Malaria in the Andamans - Number 56
Disease focus: Malaria
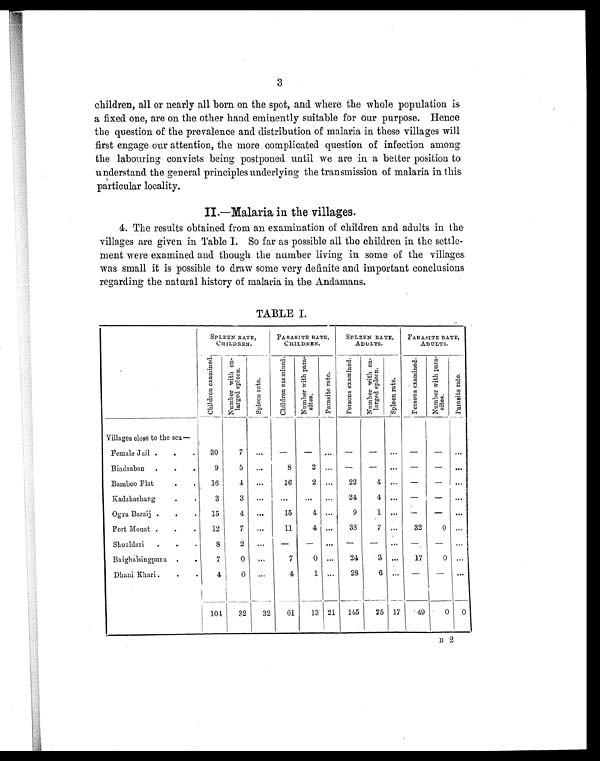
3
children, all or nearly all born on the spot, and where the whole population is
a fixed one, are on the other hand eminently suitable for our purpose. Hence
the question of the prevalence and distribution of malaria in these villages will
first engage our attention, the more complicated question of infection among
the labouring convicts being postponed until we are in a better position to
understand the general principles underlying the transmission of malaria in this
particular locality.
II.—Malaria in the villages.
4. The results obtained from an examination of children and adults in the
villages are given in Table I. So far as possible all the children in the settle-
ment were examined and though the number living in some of the villages
was small it is possible to draw some very definite and important conclusions
regarding the natural history of malaria in the Andamans.
TABLE I.
SPLEEN RATE,
CHILDREN.
PARASITE RATE,
CHILDREN.
SPLEEN RATE,
ADULTS.
PARASITE RATE,
ADULTS.
C h i l d r e n e x a m i n e d .
N u m b e r w i t h e n -
l a r g e d s p l e e n .
S p l e e n r a t e .
C h i l d r e n e x a m i n e d .
N u m b e r w i t h p a r a -
s i t e s .
P a r a s i t e r a t e .
P e r s o n s e x a m i n e d .
N u m b e r w i t h e n -
l a r g e d s p l e e n .
S p l e e n r a t e .
P e r s o n s e x a m i n e d .
N u m b e r w i t h p a r a -
sites.
P a r a s i t e r a t e .
Villages close to the sea—
Female Jail .
. .
30
7
...
—
—
...
—
—
...
—
—
...
Bindraban
.
.
9
5
...
8
2 ...
—
—
...
—
—
...
Bamboo Flat
.
.
16
4
...
16
2
...
22
4 ...
—
—
...
Kadakachang
.
.
3
3
...
... ... ...
24
4
...
— —
...
Ogra Baraij .
.
15
4
...
15
4
...
9
1
...
—
—
...
Port Mouat .
.
.
12
7
...
11
4 ...
33
7 ...
32
0
...
Shouldari
.
.
.
8
2
...
—
—
...
—
—
...
—
—
...
Baighalsingpura. .
.
7
0
...
7
0
...
24
3 ...
17
0 ...
Dhani Khari.
.
.
4
0
...
4
1
...
28
6
...
— —
...
104
32
32
61
13 21
145
25 17
49
0
0
B 2